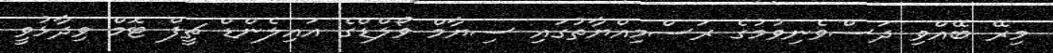
މިރޭ ބޭއްވި ދަސްވެނިވުމުގެ ރަސްމިއްޔާތުގައި ސިޔާމް ވޯލްޑްގެ އައިލެންޑް ޗީފް ޓޮމް ވިދާޅުވީ